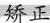
矫正